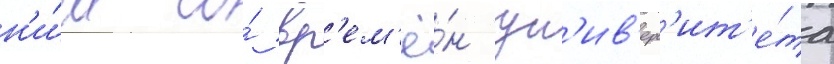
н'и́м со́ вр'ем'ё́н ун'ив'ерс'ит'е́та